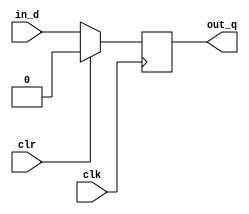
module mysynchro(clk,in_d,out_q,clr);//
	input clk;
	input in_d;
	input clr;
	output reg out_q;
	
	always@(negedge clk)
		if(!clr)
			out_q <= in_d;
		else
			out_q <= 0;
			
endmodule